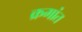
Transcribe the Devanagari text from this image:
क्रमांत